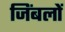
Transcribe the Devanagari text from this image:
जिंबलों